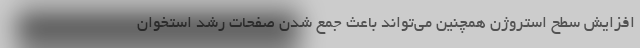
افزایش سطح استروژن همچنین می‌تواند باعث جمع شدن صفحات رشد استخوان